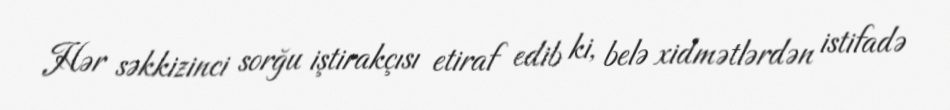
Hər səkkizinci sorğu iştirakçısı etiraf edib ki, belə xidmətlərdən istifadə